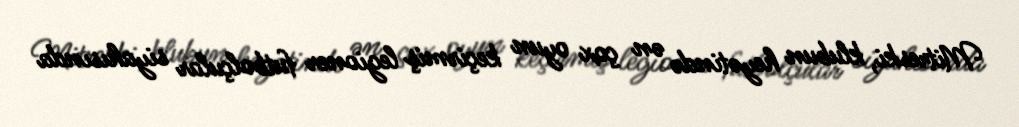
Mitreski, klubun heyətində ən çox oyun keçirmiş legioner futbolçular siyahısında